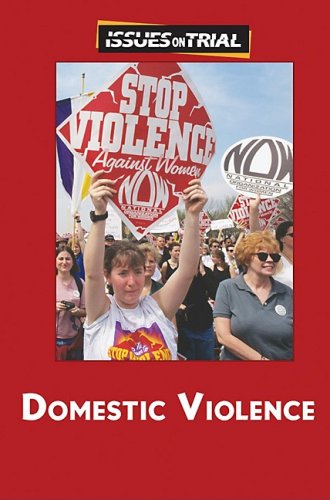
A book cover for Domestic Violence (Issues on Trial); Kelly Barth; Teen & Young Adult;